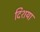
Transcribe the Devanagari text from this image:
दिशया